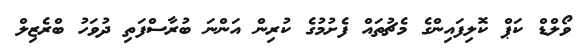
ވޯލްޑް ކަޕް ކޮލިފައިންގެ މެޗުތައް ފެށުމުގެ ކުރިން އަންނަ ބުރާސްފަތި ދުވަހު ބްރެޒިލް